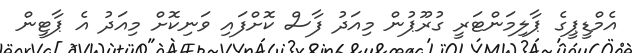
އެމްޑީޕީގެ ޕާލިމަންޓަރީ ގުރޫޕުން މިއަދު ފާސް ކޮށްފައި ވަނިކޮށް މިއަދު އެ ޕާޓީން